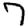
Digit: 7